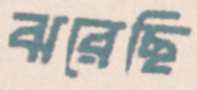
ঝরেছি